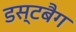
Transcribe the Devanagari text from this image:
डस्टबैग